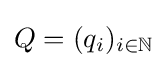
Q=(q_{i})_{i\in \mathbb {N} }